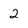
Character: 2